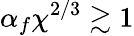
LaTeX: \alpha_{f}\chi^{2/3}\gtrsim 1